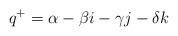
LaTeX: \begin{align*}q^+=\alpha - \beta i -\gamma j - \delta k\end{align*}